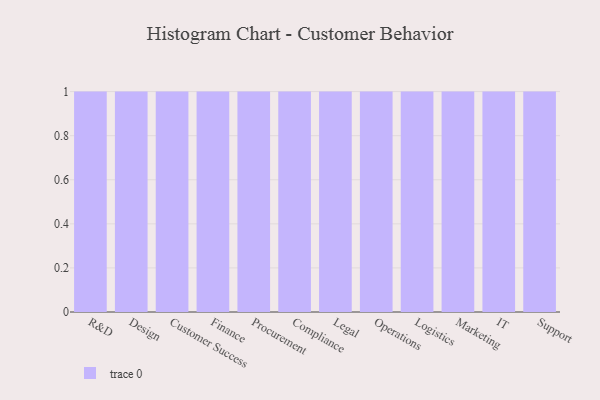
{"axis": {"x": "Department", "y": "Market Share (%)"}, "legend": [""], "data": [{"x": "R&D", "y": 91, "type": ""}, {"x": "Design", "y": 73, "type": ""}, {"x": "Customer Success", "y": 48, "type": ""}, {"x": "Finance", "y": 68, "type": ""}, {"x": "Procurement", "y": 59, "type": ""}, {"x": "Compliance", "y": 15, "type": ""}, {"x": "Legal", "y": 27, "type": ""}, {"x": "Operations", "y": 87, "type": ""}, {"x": "Logistics", "y": 40, "type": ""}, {"x": "Marketing", "y": 81, "type": ""}, {"x": "IT", "y": 43, "type": ""}, {"x": "Support", "y": 79, "type": ""}]}